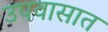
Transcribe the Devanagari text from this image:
उपवासात